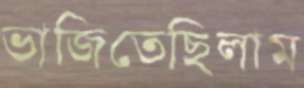
ভাজিতেছিলাম